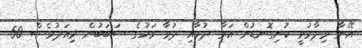
އޭނާ ވިދާޅުވީ ކުނިގޮނޑުން އަރާ ދުމާއި ދުވާ ވަހުގެ ސަބަބުން މިއަދުވެސް 50